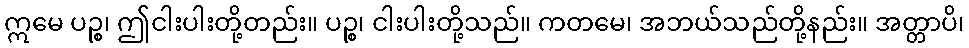
ဣမေ ပဉ္စ၊ ဤငါးပါးတို့တည်း။ ပဉ္စ၊ ငါးပါးတို့သည်။ ကတမေ၊ အဘယ်သည်တို့နည်း။ အတ္တာပိ၊